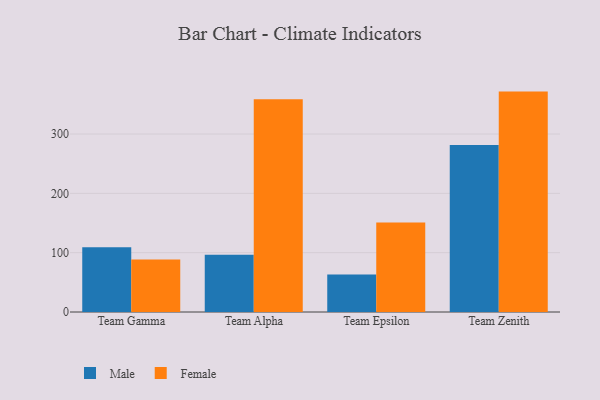
{"axis": {"x": "Team", "y": "Net Income (USD K)"}, "legend": ["Female", "Male"], "data": [{"x": "Team Gamma", "y": 109.3, "type": "Male"}, {"x": "Team Gamma", "y": 88.3, "type": "Female"}, {"x": "Team Alpha", "y": 96.5, "type": "Male"}, {"x": "Team Alpha", "y": 358.8, "type": "Female"}, {"x": "Team Epsilon", "y": 63.2, "type": "Male"}, {"x": "Team Epsilon", "y": 150.9, "type": "Female"}, {"x": "Team Zenith", "y": 281.6, "type": "Male"}, {"x": "Team Zenith", "y": 371.5, "type": "Female"}]}